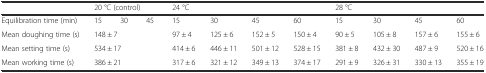
<table><thead><tr><td></td><td colspan="3"><b>20 °C (control)</b></td><td colspan="4"><b>24 °C</b></td><td colspan="4"><b>28 °C</b></td></tr></thead><tbody><tr><td>Equilibration time (min)</td><td>15</td><td>30</td><td>45</td><td>15</td><td>30</td><td>45</td><td>60</td><td>15</td><td>30</td><td>45</td><td>60</td></tr><tr><td>Mean doughing time (s)</td><td colspan="3">148 ± 7</td><td>97 ± 4</td><td>125 ± 6</td><td>152 ± 5</td><td>150 ± 4</td><td>90 ± 5</td><td>105 ± 8</td><td>157 ± 6</td><td>155 ± 6</td></tr><tr><td>Mean setting time (s)</td><td colspan="3">534 ± 17</td><td>414 ± 6</td><td>446 ± 11</td><td>501 ± 12</td><td>528 ± 15</td><td>381 ± 8</td><td>432 ± 30</td><td>487 ± 9</td><td>520 ± 16</td></tr><tr><td>Mean working time (s)</td><td colspan="3">386 ± 21</td><td>317 ± 6</td><td>321 ± 12</td><td>349 ± 13</td><td>374 ± 17</td><td>291 ± 9</td><td>326 ± 31</td><td>330 ± 13</td><td>355 ± 19</td></tr></tbody></table>